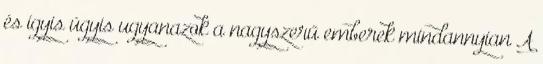
és ígyis úgyis ugyanazok a nagyszerű emberek mindannyian A